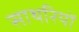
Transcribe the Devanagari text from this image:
साथरियों